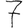
Digit: 7